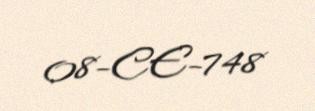
08-CE-748